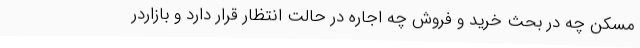
مسکن چه در بحث خرید و فروش چه اجاره در حالت انتظار قرار دارد و بازاردر